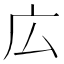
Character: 広